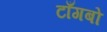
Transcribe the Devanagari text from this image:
टाँगबो